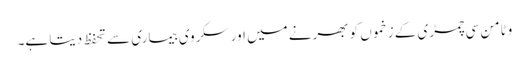
وٹامن سی چمڑی کے زخموں کو بھرنے میں اور سکروی بیماری سے تحفظ دیتا ہے۔